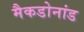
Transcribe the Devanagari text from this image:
मैकडोनांड